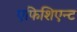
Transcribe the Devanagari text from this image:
एफिशिएन्ट